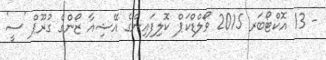
- 13 އޮކްޓޯބަރ 2015 ވޯލްޑްކަޕް ކޮލިފައިންގެ އޭޝިއާ ޒޯންގެ ގުރޫޕް 'ސީ'